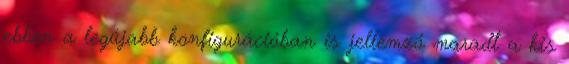
ebben a legújabb konfigurációban is jellemző maradt a kis